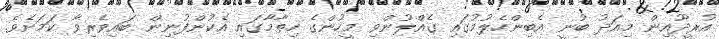
އުރީދޫއިން މިއަދު ބުނީ އެބިންހެލުމުގައި ގެއްލުންވި މީހުންގެ ހިތާމާގައި އެކުންފުނިން ބައިވެރިވާ ކަމަށެވެ.